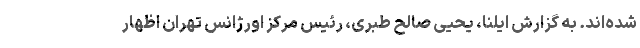
شده‌اند. به گزارش ایلنا، یحیی صالح طبری، رئیس مرکز اورژانس تهران اظهار